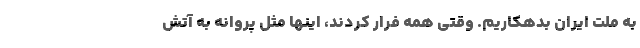
به ملت ایران بدهکاریم. وقتی همه فرار کردند، اینها مثل پروانه به آتش